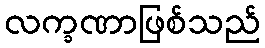
လက္ခဏာဖြစ်သည်